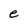
Character: e